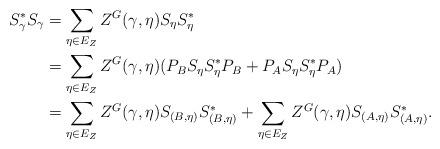
LaTeX: \begin{align*}S_\gamma^* S_\gamma& = \sum_{\eta \in E_Z} Z^G(\gamma,\eta) S_{\eta}S_{\eta}^* \\& = \sum_{\eta \in E_Z} Z^G(\gamma,\eta) (P_B S_{\eta}S_{\eta}^* P_B + P_A S_{\eta}S_{\eta}^* P_A) \\& = \sum_{\eta \in E_Z} Z^G(\gamma,\eta) S_{(B,\eta)} S_{(B,\eta)}^* + \sum_{\eta \in E_Z} Z^G(\gamma,\eta) S_{(A,\eta)} S_{(A,\eta)}^*. \end{align*}